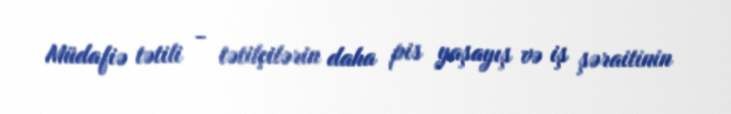
Müdafiə tətili - tətilçilərin daha pis yaşayış və iş şəraitinin